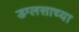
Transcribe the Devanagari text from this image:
डग्लसाच्या